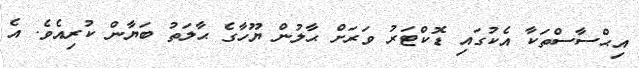
އިޙްސާސްތަކާ އެކުގައި ޑޮކްޓަރު ވަރަށް ޙާލުން ޔޫހާގެ ޙާލަތު ބަޔާން ކުރިއެވެ. އެ